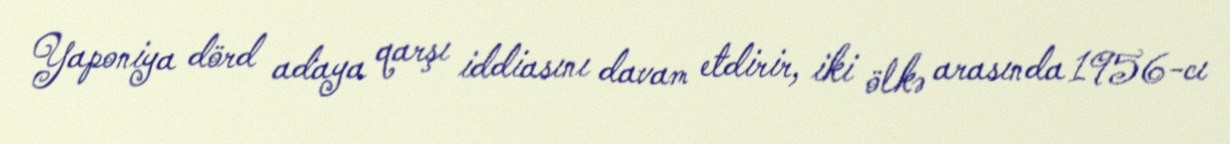
Yaponiya dörd adaya qarşı iddiasını davam etdirir, iki ölkə arasında 1956-cı